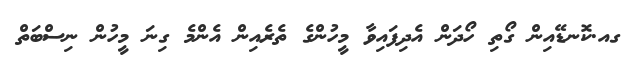
ގއ.ކޮނޑޭއިން ގޯތި ހޯދަން އެދިފައިވާ މީހުންގެ ތެރެއިން އެންމެ ގިނަ މީހުން ނިސްބަތް